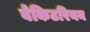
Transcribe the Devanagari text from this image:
बेकिटरियन